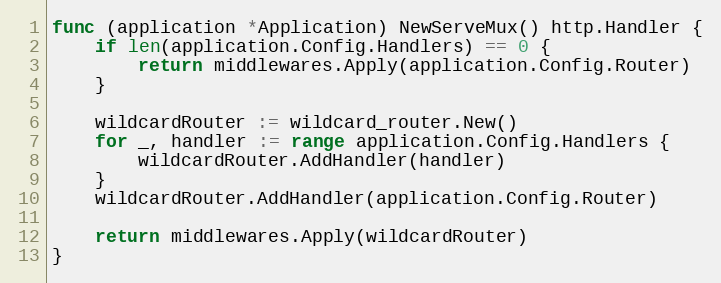
Language: Go
func (application *Application) NewServeMux() http.Handler {
	if len(application.Config.Handlers) == 0 {
		return middlewares.Apply(application.Config.Router)
	}

	wildcardRouter := wildcard_router.New()
	for _, handler := range application.Config.Handlers {
		wildcardRouter.AddHandler(handler)
	}
	wildcardRouter.AddHandler(application.Config.Router)

	return middlewares.Apply(wildcardRouter)
}